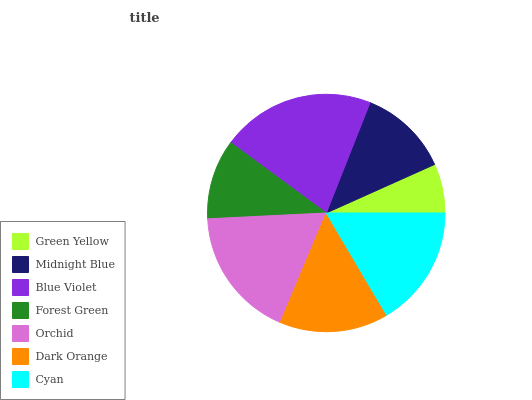
| Green Yellow | Midnight Blue | Blue Violet | Forest Green | Orchid | Dark Orange | Cyan |
 | --- | --- | --- | --- | --- | --- | --- |
 | 6.71% | 12.3% | 20.9% | 10.9% | 17.8% | 14.8% | 16.6% |